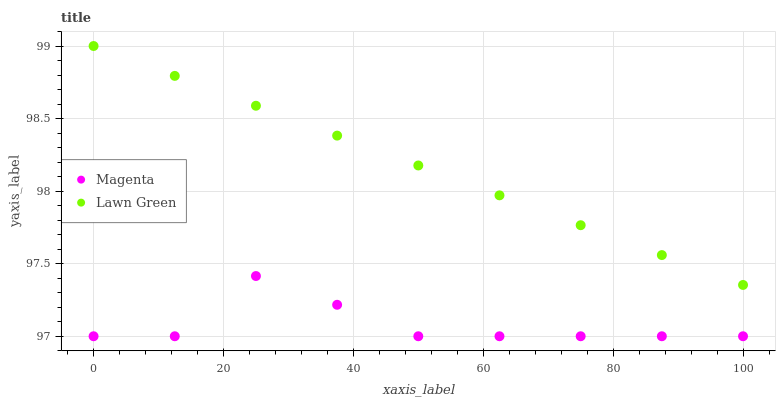
| xaxis_label | Magenta | Lawn Green |
 | --- | --- | --- |
 | 0 | 97 | 99 |
 | 12.5 | 97 | 98.8 |
 | 25 | 97.4 | 98.6 |
 | 37.5 | 97.2 | 98.4 |
 | 50 | 97 | 98.2 |
 | 62.5 | 97 | 98 |
 | 75 | 97 | 97.8 |
 | 87.5 | 97 | 97.6 |
 | 100 | 97 | 97.4 |